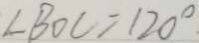
\angle B O C = 1 2 0 ^ { \circ }